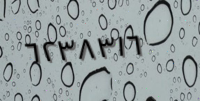
٦٢٣٨٣١٦